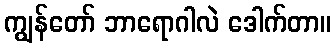
ကျွန်တော် ဘာရောဂါလဲ ဒေါက်တာ။